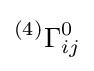
{^{(4)}}\Gamma _{ij}^{0}